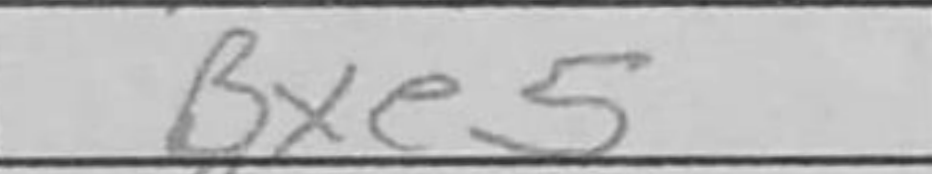
Transcription: Bxe5